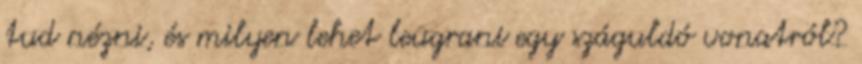
tud nézni, és milyen lehet leugrani egy száguldó vonatról?